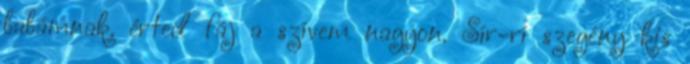
babámnak. érted fáj a szívem nagyon. Sír-rí szegény kis